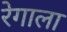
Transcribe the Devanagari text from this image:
रेगाला